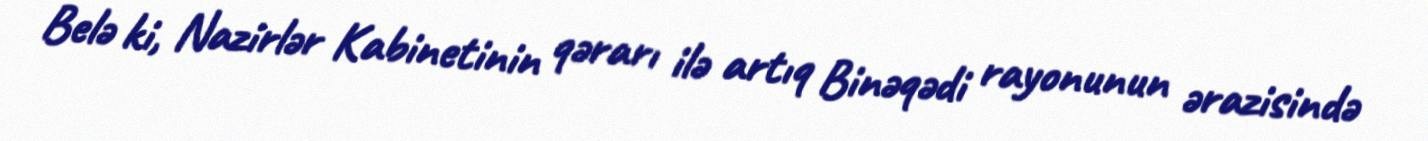
Belə ki, Nazirlər Kabinetinin qərarı ilə artıq Binəqədi rayonunun ərazisində